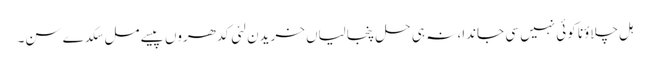
ہل چلاؤنا کوئی نہیں سی جاندا، نہ ہی حل پنجالیاں خریدن لئی کدھروں پیسے مل سکدے سن۔